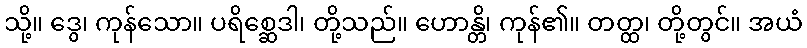
သို့။ ဒွေ၊ ကုန်သော။ ပရိစ္ဆေဒါ၊ တို့သည်။ ဟောန္တိ၊ ကုန်၏။ တတ္ထ၊ တို့တွင်။ အယံ